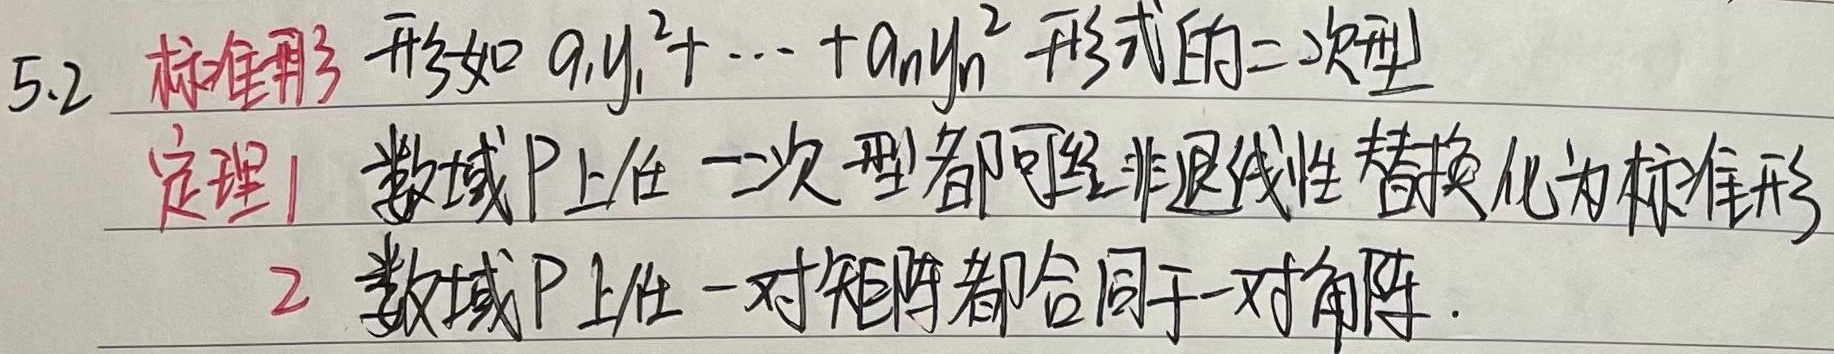
5.2 标准形 形如 \(a_{1}y_{1}^{2}+\cdots +a_{n}y_{n}^{2}\) 形式的二次型。
定理1：数域 \(\text{P}\) 上任一二次型都可经非退化线性替换化为标准形。
定理2：数域 \(\text{P}\) 上任一对称矩阵都合同于一对角阵。